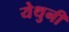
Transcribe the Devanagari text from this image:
येथुनी